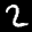
Label: 2